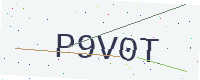
Text: P9V0T